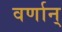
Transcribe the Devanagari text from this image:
वर्णान्